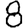
Digit: 8